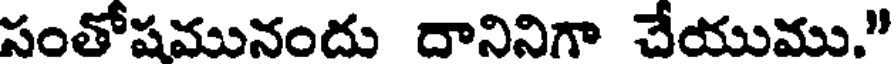
సంతోషమునందు దానినిగా చేయుము."